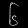
Digit: ၆